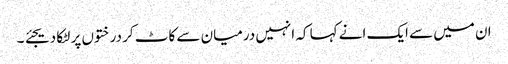
ان میں سے ایک انے کہا کہ انہیں درمیان سے کاٹ کر درختوں پر لٹکا دیجئے ۔